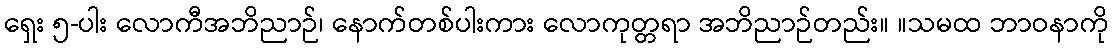
ရှေး ၅-ပါး လောကီအဘိညာဉ်၊ နောက်တစ်ပါးကား လောကုတ္တရာ အဘိညာဉ်တည်း။ ။သမထ ဘာဝနာကို